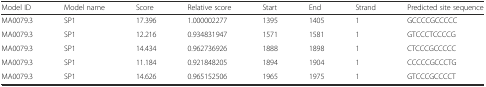
<table><thead><tr><td><b>Model ID</b></td><td><b>Model name</b></td><td><b>Score</b></td><td><b>Relative score</b></td><td><b>Start</b></td><td><b>End</b></td><td><b>Strand</b></td><td><b>Predicted site sequence</b></td></tr></thead><tbody><tr><td>MA0079.3</td><td>SP1</td><td>17.396</td><td>1.000002277</td><td>1395</td><td>1405</td><td>1</td><td>GCCCCGCCCCC </td></tr><tr><td>MA0079.3</td><td>SP1</td><td>12.216</td><td>0.934831947</td><td>1571</td><td>1581</td><td>1</td><td>GTCCCTCCCCG </td></tr><tr><td>MA0079.3</td><td>SP1</td><td>14.434</td><td>0.962736926</td><td>1888</td><td>1898</td><td>1</td><td>CTCCCGCCCCC </td></tr><tr><td>MA0079.3</td><td>SP1</td><td>11.184</td><td>0.921848205</td><td>1894</td><td>1904</td><td>1</td><td>CCCCCGCCCTG </td></tr><tr><td>MA0079.3</td><td>SP1</td><td>14.626</td><td>0.965152506</td><td>1965</td><td>1975</td><td>1</td><td>GTCCCGCCCCT </td></tr></tbody></table>